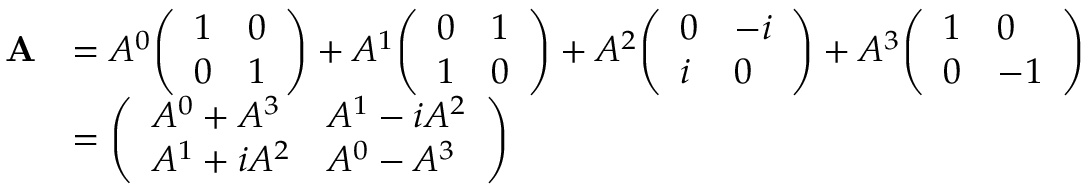
{ \begin{array} { r l } { \mathbf { A } } & { = A ^ { 0 } { \left( \begin{array} { l l } { 1 } & { 0 } \\ { 0 } & { 1 } \end{array} \right) } + A ^ { 1 } { \left( \begin{array} { l l } { 0 } & { 1 } \\ { 1 } & { 0 } \end{array} \right) } + A ^ { 2 } { \left( \begin{array} { l l } { 0 } & { - i } \\ { i } & { 0 } \end{array} \right) } + A ^ { 3 } { \left( \begin{array} { l l } { 1 } & { 0 } \\ { 0 } & { - 1 } \end{array} \right) } } \\ & { = { \left( \begin{array} { l l } { A ^ { 0 } + A ^ { 3 } } & { A ^ { 1 } - i A ^ { 2 } } \\ { A ^ { 1 } + i A ^ { 2 } } & { A ^ { 0 } - A ^ { 3 } } \end{array} \right) } } \end{array} }